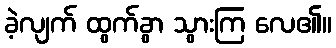
ခဲ့လျက် ထွက်ခွာ သွားကြ လေ၏။